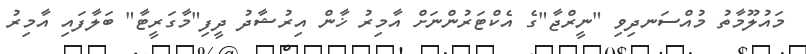
މައުލޫމާތު މުއްސަނދިވި "ނީރްޖާ"ގެ އެކްޓަރުންނަށް އާމިރު ޚާން އިރުޝާދު ދީފި"މާގަރީޓާ" ބަލާފައި އާމިރު